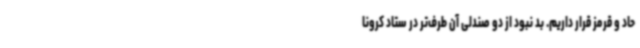
حاد و قرمز قرار داریم. بد نبود از دو صندلی آن طرف‌تر در ستاد کرونا